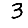
Digit: 3